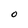
Character: O